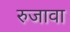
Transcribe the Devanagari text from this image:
रुजावा